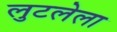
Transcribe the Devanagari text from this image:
लुटलेला